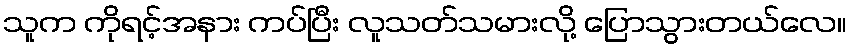
သူက ကိုရင့်အနား ကပ်ပြီး လူသတ်သမားလို့ ပြောသွားတယ်လေ။